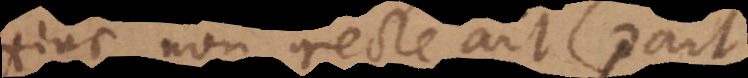
Hinc non recte ait (part.